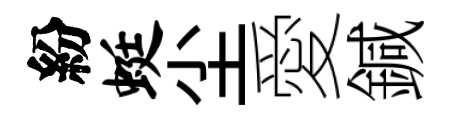
紛蜓尘愛鍼